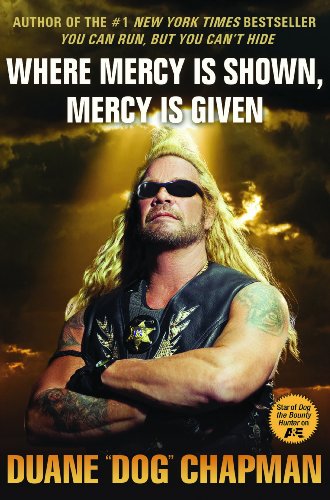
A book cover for Where Mercy Is Shown, Mercy Is Given; Duane Dog Chapman; Biographies & Memoirs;